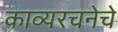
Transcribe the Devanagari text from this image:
काव्यरचनेचे